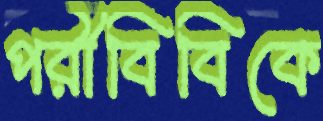
পরীবিবিকে